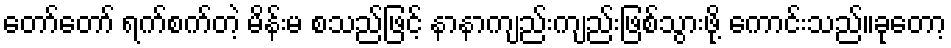
တော်တော် ရက်စက်တဲ့ မိန်းမ စသည်ဖြင့် နာနာကျည်းကျည်းဖြစ်သွားဖို့ ကောင်းသည်။ခုတော့